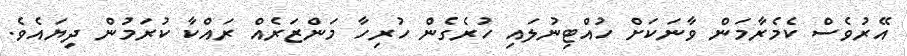
އޭރުވެސް ކެމެރާމަން ވާނަކަށް ހުއްޓިނުލައި ހުރެގެން ހުރިހާ މަންޒަރެއް ރައްކާ ކުރަމުން ދިޔައެވެ.